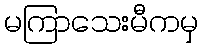
မကြာသေးမီကမှ